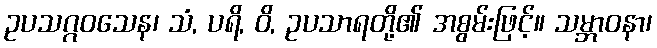
ဥပသဂ္ဂဝသေန၊ သံ, ပရိ, ဝိ, ဥပသာရတို့၏ အစွမ်းဖြင့်။ သမ္ဘာဝနာ၊